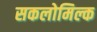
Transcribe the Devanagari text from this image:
सकलोमिल्क